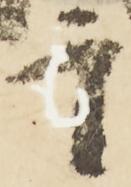
于